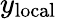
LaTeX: y_{\mathrm{local}}